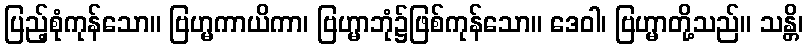
ပြည့်စုံကုန်သော။ ဗြဟ္မကာယိကာ၊ ဗြဟ္မာဘုံ၌ဖြစ်ကုန်သော။ ဒေဝါ၊ ဗြဟ္မာတို့သည်။ သန္တိ၊